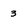
Character: 3